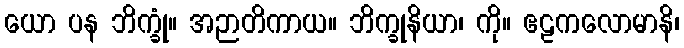
ယော ပန ဘိက္ခုံ။ အဉာတိကာယ။ ဘိက္ခုနိယာ၊ ကို။ ဧဠကလောမာနိ၊